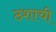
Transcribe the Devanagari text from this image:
ठशाची